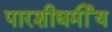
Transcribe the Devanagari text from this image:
पारशीधर्मीय